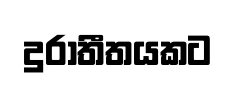
දුරාතීතයකට